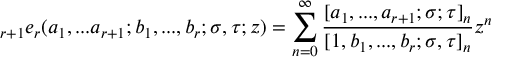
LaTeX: \displaystyle { } _ { r + 1 } e _ { r } ( a _ { 1 } , . . . a _ { r + 1 } ; b _ { 1 } , . . . , b _ { r } ; \sigma , \tau ; z ) = \sum _ { n = 0 } ^ { \infty } { \frac { [ a _ { 1 } , . . . , a _ { r + 1 } ; \sigma ; \tau ] _ { n } } { [ 1 , b _ { 1 } , . . . , b _ { r } ; \sigma , \tau ] _ { n } } } z ^ { n }